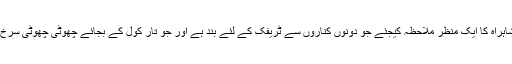
کراچی میں لندن کی جیسی شاہراہ کا ایک منظر ملاحظہ کیجئے جو دونوں کناروں سے ٹریفک کے لئے بند ہے اور جو تار کول کے بجائے چھوٹی چھوٹی سرخ اینٹوں سے مل کر بنی ہے۔